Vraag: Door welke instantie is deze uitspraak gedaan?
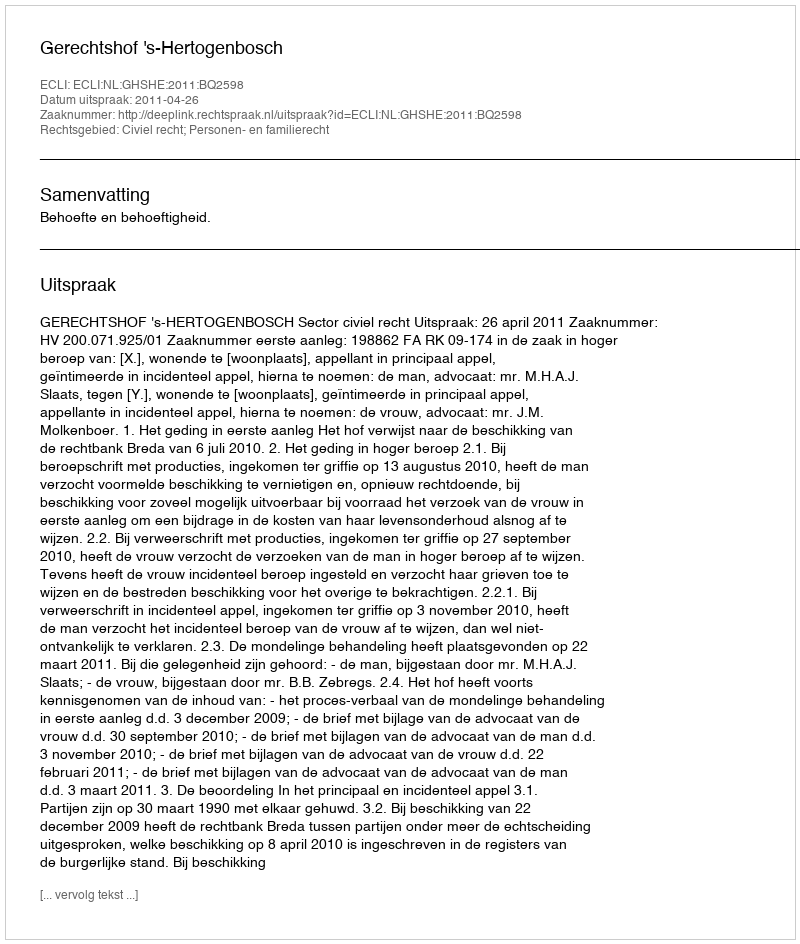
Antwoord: Gerechtshof 's-Hertogenbosch